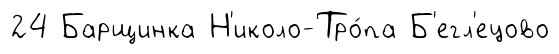
24 Барщинка Н'иколо-Тро́па Б'егл'ецово